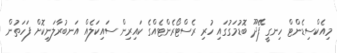
މިއެކްސިޑެންޓް ހިނގީ ފޭދޫ ބޮޑުމަގުގައި ހުރި ރެސްޓޯރެންޓެއްގެ ކައިރިން ސައިކަލެއް އަނބުރާލަނިކޮށް ފަހަތުން